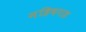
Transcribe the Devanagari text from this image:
महिषगड